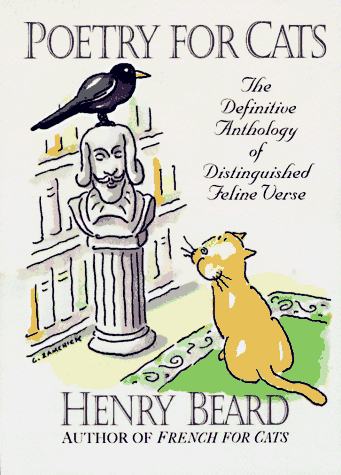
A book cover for Poetry for Cats: The Definitive Anthology of Distinguished Feline Verse; Henry Beard; Humor & Entertainment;